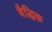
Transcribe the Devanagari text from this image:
बैद्धिक